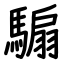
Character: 騸